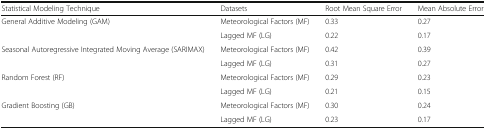
<table><thead><tr><td><b>Statistical Modeling Technique</b></td><td><b>Datasets</b></td><td><b>Root Mean Square Error</b></td><td><b>Mean Absolute Error</b></td></tr></thead><tbody><tr><td rowspan="2">General Additive Modeling (GAM)</td><td>Meteorological Factors (MF)</td><td>0.33</td><td>0.27</td></tr><tr><td>Lagged MF (LG)</td><td>0.22</td><td>0.17</td></tr><tr><td rowspan="2">Seasonal Autoregressive Integrated Moving Average (SARIMAX)</td><td>Meteorological Factors (MF)</td><td>0.42</td><td>0.39</td></tr><tr><td>Lagged MF (LG)</td><td>0.31</td><td>0.27</td></tr><tr><td rowspan="2">Random Forest (RF)</td><td>Meteorological Factors (MF)</td><td>0.29</td><td>0.23</td></tr><tr><td>Lagged MF (LG)</td><td>0.21</td><td>0.15</td></tr><tr><td rowspan="2">Gradient Boosting (GB)</td><td>Meteorological Factors (MF)</td><td>0.30</td><td>0.24</td></tr><tr><td>Lagged MF (LG)</td><td>0.23</td><td>0.17</td></tr></tbody></table>